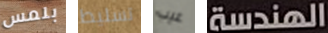
بلمس تسليط عيب الهندسة